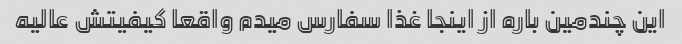
این چندمین باره از اینجا غذا سفارس میدم واقعا کیفیتش عالیه